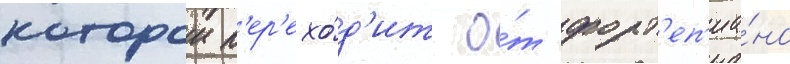
которои п'ер'ехо́д'ит о́т форт'еп'иа́но